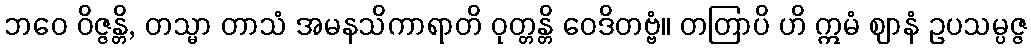
ဘဝေ ဝိဇ္ဇန္တိ, တသ္မာ တာသံ အမနသိကာရာတိ ဝုတ္တန္တိ ဝေဒိတဗ္ဗံ။ တတြာပိ ဟိ ဣမံ ဈာနံ ဥပသမ္ပဇ္ဇ